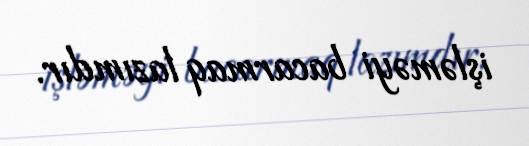
işləməyi bacarmaq lazımdır.